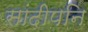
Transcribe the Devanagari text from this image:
सांदीपनि